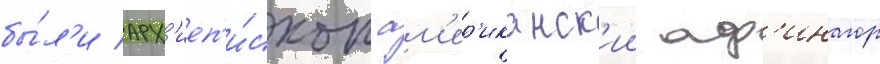
бы́л'и арх'иеп'и́скоп ам'ер'иканск'ии аф'инагор